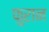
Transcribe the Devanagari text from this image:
फुरान